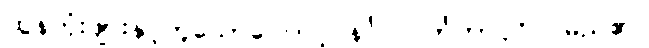
ထွန်တုံးဖျားနှင့်တူသောကြောင့် နင်္ဂလဝင်္ကတာပုဂ္ဂိုလ်မည်၏။